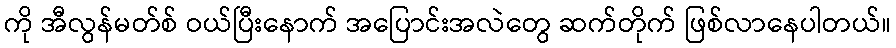
ကို အီလွန်မတ်စ် ဝယ်ပြီးနောက် အပြောင်းအလဲတွေ ဆက်တိုက် ဖြစ်လာနေပါတယ်။